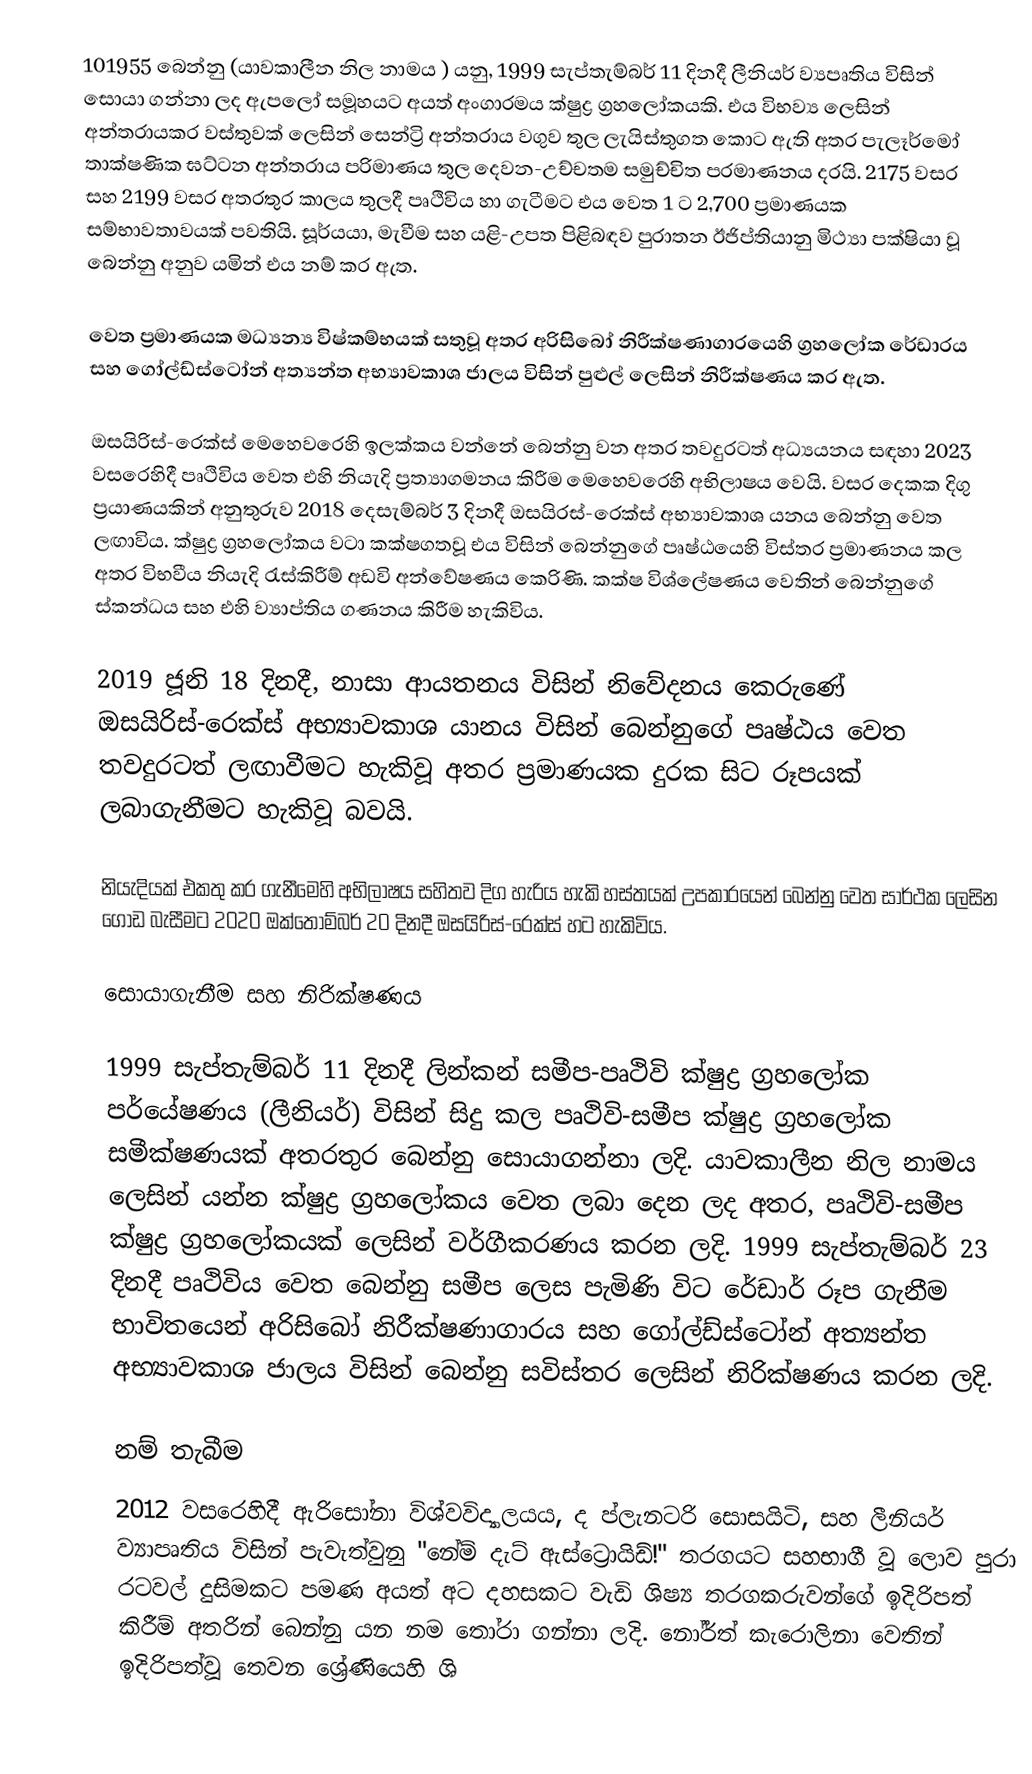
101955 බෙන්නු (යාවකාලීන නිල නාමය ) යනු, 1999 සැප්තැම්බර් 11 දිනදී ලීනියර් ව්‍යපෘතිය විසින් සොයා ගන්නා ලද ඇපලෝ සමූහයට අයත්  අංගාරමය ක්ෂුද්‍ර ග්‍රහලෝකයකි. එය  විභව්‍ය ලෙසින් අන්තරායකර වස්තුවක්  ලෙසින් සෙන්ට්‍රි අන්තරාය වගුව තුල ලැයිස්තුගත කොට ඇති අතර පැලෑර්මෝ තාක්ෂණික ඝට්ටන අන්තරාය පරිමාණය තුල දෙවන-උච්චතම සමුච්චිත ප‍්‍රමාණනය දරයි. 2175 වසර සහ 2199 වසර අතරතුර කාලය තුලදී පෘථිවිය හා ගැටීමට එය වෙත 1 ට 2,700 ප්‍රමාණයක සම්භාවතාවයක් පවතියි. සූර්යයා, මැවීම සහ යළි-උපත පිළිබඳව පුරාතන ඊජිප්තියානු මිථ්‍යා පක්ෂියා වූ බෙන්නු අනුව යමින් එය නම් කර ඇත.

 වෙත  ප්‍රමාණයක මධ්‍යන්‍ය විෂ්කම්භයක් සතුවූ අතර  අරිසිබෝ නිරීක්ෂණාගාරයෙහි ග්‍රහලෝක රේඩාරය සහ ගෝල්ඩ්ස්ටෝන්  අත්‍යන්ත අභ්‍යාවකාශ ජාලය විසින් පුළුල් ලෙසින් නිරීක්ෂණය කර ඇත.

ඔසයිරිස්-රෙක්ස් මෙහෙවරෙහි ඉලක්කය වන්නේ බෙන්නු වන අතර තවදුරටත් අධ්‍යයනය සඳහා 2023 වසරෙහිදී පෘථිවිය වෙත එහි නියැදි ප්‍රත්‍යාගමනය කිරීම මෙහෙවරෙහි අභිලාෂය වෙයි.   වසර දෙකක දිගු ප්‍රයාණයකින් අනුතුරුව 2018 දෙසැම්බර් 3 දිනදී  ඔසයිරස්-රෙක්ස් අභ්‍යාවකාශ යනය බෙන්නු වෙත ලඟාවිය.  ක්ෂුද්‍ර ග්‍රහලෝකය වටා කක්ෂගතවූ එය විසින් බෙන්නුගේ පෘෂ්ඨයෙහි විස්තර ප්‍රමාණනය කල අතර විභවීය නියැදි රැස්කිරීම් අඩවි අන්වේෂණය කෙරිණි. කක්ෂ විශ්ලේෂණය වෙතින් බෙන්නුගේ ස්කන්ධය සහ  එහි ව්‍යාප්තිය ගණනය කිරීම හැකිවිය.

2019 ජූනි 18 දිනදී, නාසා ආයතනය විසින් නිවේදනය කෙරුණේ ඔසයිරිස්-රෙක්ස් අභ්‍යාවකාශ යානය විසින් බෙන්නුගේ පෘෂ්ඨය වෙත තවදුරටත් ලඟාවීමට හැකිවූ අතර  ප්‍රමාණයක දුරක සිට රූපයක් ලබාගැනීමට හැකිවූ බවයි.

නියැදියක් එකතු කර ගැනීමෙහි අභිලාෂය සහිතව දිග හැරිය හැකි හස්තයක් උපකාරයෙන් බෙන්නු වෙත සාර්ථක ලෙසින ගොඩ බැසීමට  2020 ඔක්තොම්බර් 20 දිනදී ඔසයිරිස්-රෙක්ස් හට හැකිවිය.

සොයාගැනීම සහ නිරික්ෂණය

1999 සැප්තැම්බර් 11 දිනදී ලින්කන් සමීප-පෘථිවි ක්ෂුද්‍ර ග්‍රහලෝක පර්යේෂණය (ලීනියර්) විසින් සිදු කල පෘථිවි-සමීප ක්ෂුද්‍ර ග්‍රහලෝක සමීක්ෂණයක් අතරතුර බෙන්නු සොයාගන්නා ලදි. යාවකාලීන නිල නාමය ලෙසින්  යන්න ක්ෂුද්‍ර ග්‍රහලෝකය වෙත ලබා දෙන ලද අතර,  පෘථිවි-සමීප ක්ෂුද්‍ර ග්‍රහලෝකයක් ලෙසින් වර්ගීකරණය කරන ලදි. 1999 සැප්තැම්බර් 23 දිනදී පෘථිවිය වෙත බෙන්නු සමීප ලෙස පැමිණි විට රේඩාර් රූප ගැනීම භාවිතයෙන් අරිසිබෝ නිරීක්ෂණාගාරය සහ ගෝල්ඩ්ස්ටෝන්  අත්‍යන්ත අභ්‍යාවකාශ ජාලය විසින් බෙන්නු සවිස්තර ලෙසින් නිරික්ෂණය කරන ලදි.

නම් තැබීම
2012 වසරෙහිදී ඇරිසෝනා විශ්වවිද්‍යාලයය, ද ප්ලැනටරි සොසයිටි, සහ ලීනියර් ව්‍යාපෘතිය විසින් පැවැත්වුනු "නේම් දැට් ඇස්ට්‍රොයිඩ්!"  තරගයට සහභාගී වූ ලොව පුරා රටවල් දුසිමකට පමණ අයත්  අට දහසකට වැඩි ශිෂ්‍ය තරගකරුවන්ගේ ඉදිරිපත් කිරීම් අතරින් බෙන්නු යන නම තෝරා ගන්නා ලදි. නෝර්ත් කැරොලිනා වෙතින් ඉදිරිපත්වූ  තෙවන ශ්‍රේණියෙහි ශි